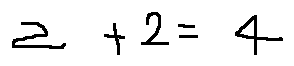
2 + 2 = 4